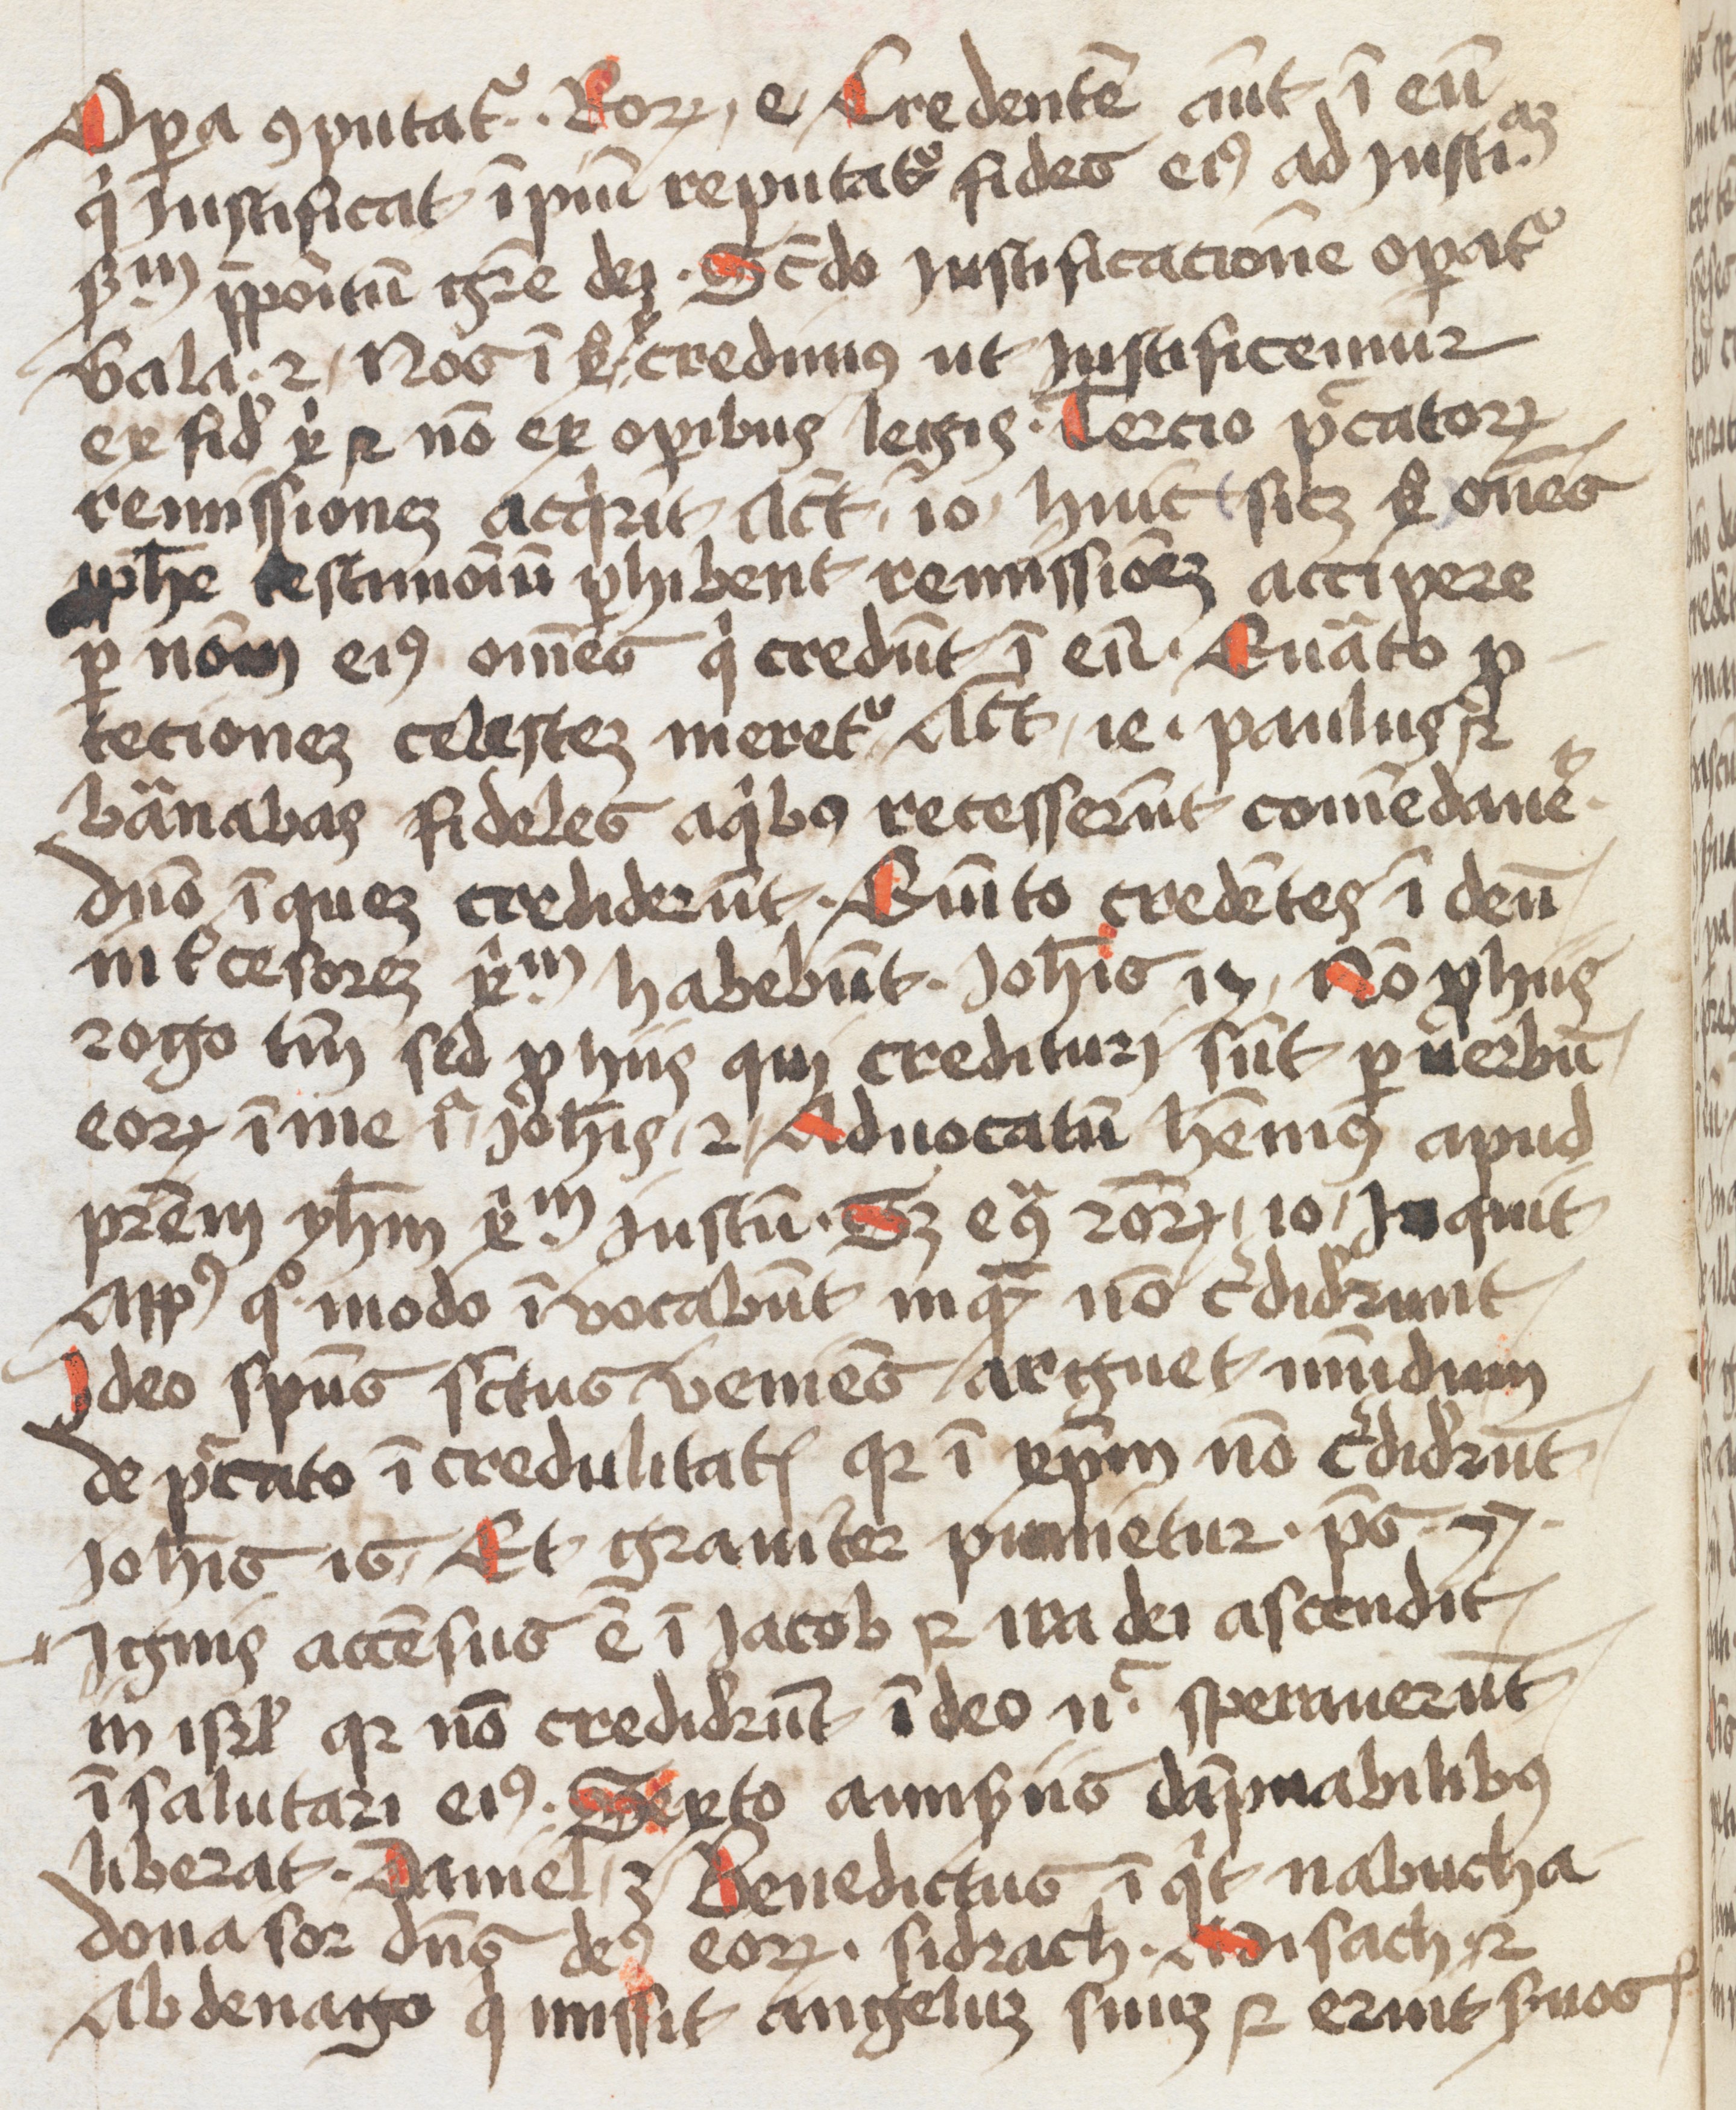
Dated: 1500–1599